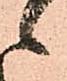
候